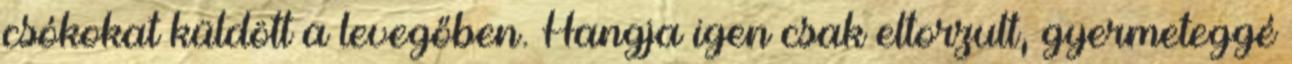
csókokat küldött a levegőben. Hangja igen csak eltorzult, gyermeteggé